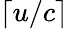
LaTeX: \lceil u/c\rceil